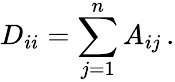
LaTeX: D_{ii}=\sum_{j=1}^{n}A_{ij}\, .